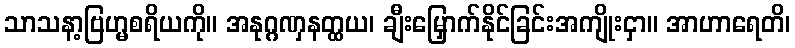
သာသနာ့ဗြဟ္မစရိယကို။ အနုဂ္ဂဏှနတ္ထယ၊ ချီးမြှောက်နိုင်ခြင်းအကျိုးငှာ။ အာဟာရေတိ၊